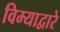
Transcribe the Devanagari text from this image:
विम्याद्वारे